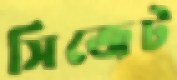
সিজেট